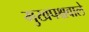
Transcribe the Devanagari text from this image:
मुखपश्चवाले